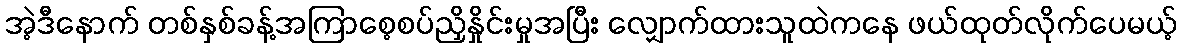
အဲ့ဒီနောက် တစ်နှစ်ခန့်အကြာစေ့စပ်ညှိနှိုင်းမှုအပြီး လျှောက်ထားသူထဲကနေ ဖယ်ထုတ်လိုက်ပေမယ့်